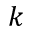
k